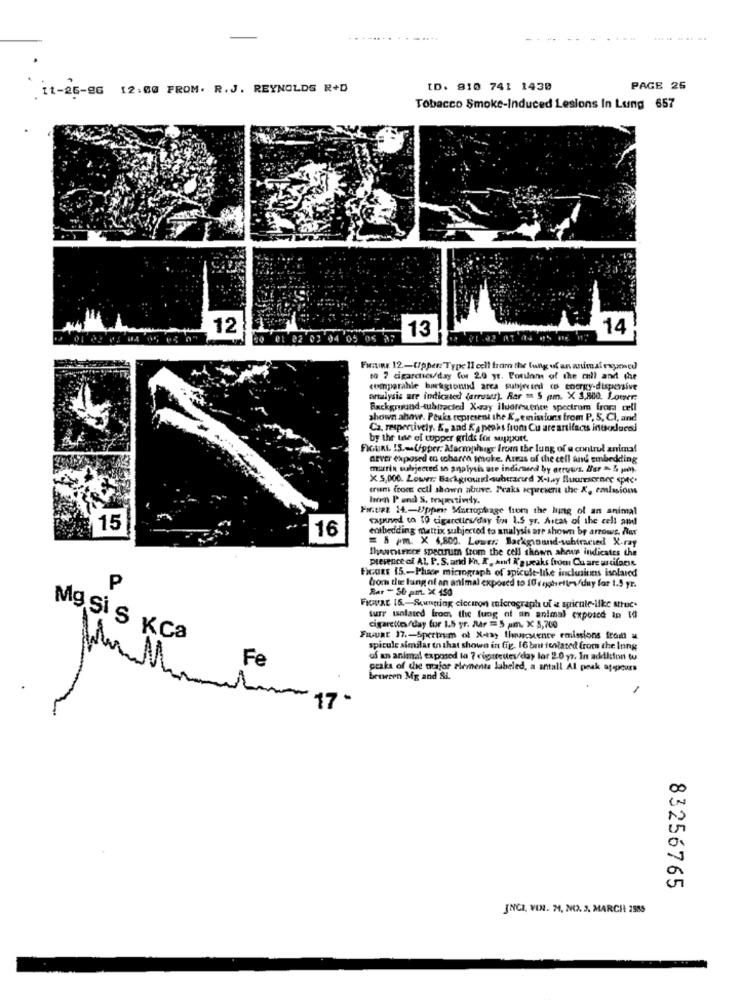
11-25-86 12:00 FROM. R.J. REYNOLDS R+D
ID. 810 741 1430
PAGE 26
Tobacco Smoke-Induced Lesions In Lung 657
12
13
14
05 05 77
FuntiRE 12 .- (/ppen:"Type 11 celi fram the lung of an animal examed
to 7 cigarchies/day for 2.0 yr. Potions of the mil and the
comparahle background arca subjected (o energy-dispersive
analysis are indicated (arroser). Rar = 5 pm. X 3,800. Lower:
Background-tublracted Xaay iluoffence spectrum from cell
shown ahow. Peuks represent the K ., emissions from P. S. Cl, and
Ca. respectively. K. and Ka peaks from Cu are artifacts intoducej
by the use of wupper grids for support.
FIGURA. 15. Upper: Macrophage from the lung of a control anima!
never exposed to wcharca tmake. Areas of the cell and embedding
marrin subjected so analysis are indicased by attuws. er >5 pe).
X 5,000. Lower: Background subtracurd X-kay fluorescenre pec.
trum from cell shown above. Peaks sepreserie the X, emlasions
Ira P und S. trapestively.
Fir.tizz 14 .- Uppre Marzoplage from the lung of an animal
capused to TQ cigarettes/day for 1.5 yr. Artas of the cell and
15
16
entbedding mattix subjected to analysis are shown by arrows. Nur
= 1 Pm. X 4,800. Lower: Background-subtracted X-ray
Ihanieee spectrum from the cell shown ahoue indicates the
presence of AL. P. S. and Fn. R. auf K'a peaks from Cu are artifacts
Ficoes 15 .- Phace micrograph of spicule-like inclusiuns isolared
P
Rar - Se pin. X 150
bom the lung of an animal exposed to 10 seghettos/duy for 1.5 yr.
Ficar 16 .- Sungring ciccion micrograph uf a spricule-like struc.
turr unlated from the fung af an animal expoich ip 10
cigarette /day for 1.5 yr. Rar =5 am. x 8,700
Mg Si S KCa
Fwuat 17 .- Spectrum of X-tsy thruscience emissions from a
spicule similar to that shown in fig. 16 but feriased from the Inng
uf an animal exposed la ? rigatreutes/day lor 2.0 yr. In addition tu
peaks of the orafor elements labeled, a antall Al peak op-pours
between Mg and Si.
83256765
JNCI, VONR. M, NO. 3. MARCH 2585